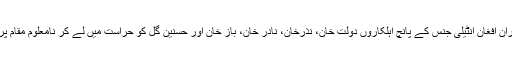
سرچ آپریشن کے دوران افغان انٹیلی جنس کے پانچ اہلکاروں دولت خان، نذرخان، نادر خان، باز خان اور حسنین گل کو حراست میں لے کر نامعلوم مقام پرمنتقل کر دیا گیا ہے۔